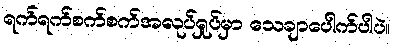
ရက်ရက်စက်စက်အလုပ်ရှုပ်မှာ သေချာပေါက်ပါပဲ။